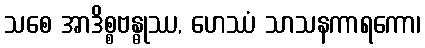
သစေ အာဒိစ္စဗန္ဓုဿ, ဟေဿံ သာသနကာရကော၊